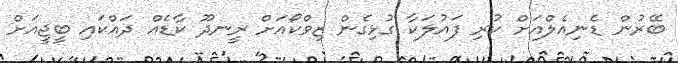
ބޭރުން ޑެނިއެލްއަށް ކުރި ފައުލަކާ ގުޅިގެން ޒިވްކޯއަށް ރީނދޫ ކާޑެއް ދައްކައި ބީޖީއަށް